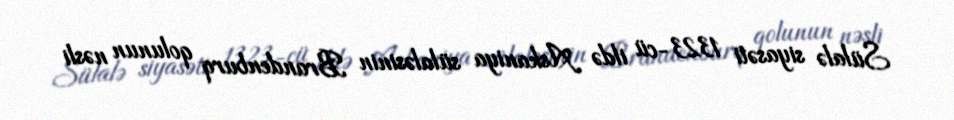
Sülalə siyasəti 1323-cü ildə Askaniya sülaləsinin Brandenburq qolunun nəsli